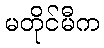
မတိုင်မီက